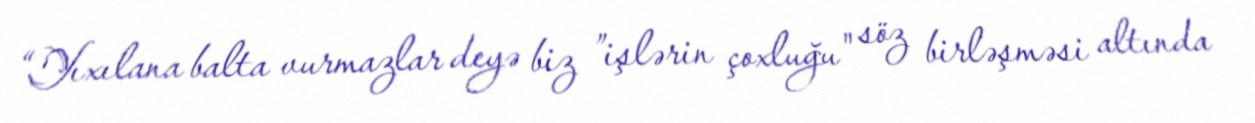
“Yıxılana balta vurmazlar deyə biz ”işlərin çoxluğu" söz birləşməsi altında